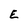
Character: E